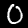
Label: 0